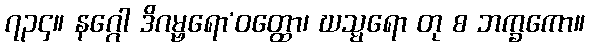
၇၃၄။ နဂ္ဂေါ ဒိဂမ္ဗရော’ဝတ္ထော၊ ဃသ္မရော တု စ ဘက္ခကော။